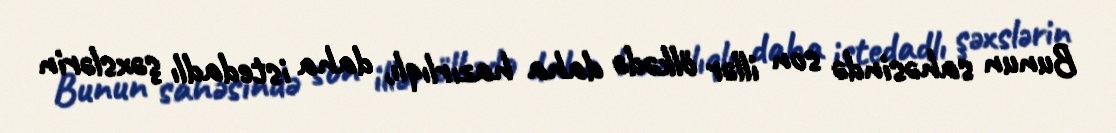
Bunun sahəsində son illər ölkədə daha hazırlıqlı, daha istedadlı şəxslərin